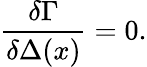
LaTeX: \frac{\delta\Gamma}{\delta\Delta(x)}=0.